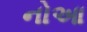
નોઆ